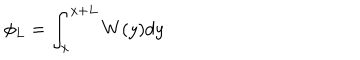
\phi _ { L } = \int _ { x } ^ { x + L } W ( y ) d y